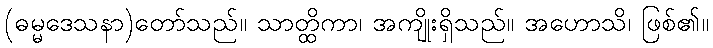
(ဓမ္မဒေသနာ)တော်သည်။ သာတ္ထိကာ၊ အကျိုးရှိသည်။ အဟောသိ၊ ဖြစ်၏။